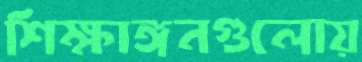
শিক্ষাঙ্গনগুলোয়